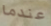
عندما